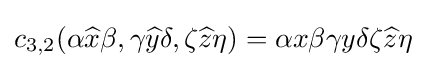
c_{3,2}(\alpha {\widehat {x}}\beta ,\gamma {\widehat {y}}\delta ,\zeta {\widehat {z}}\eta )=\alpha x\beta \gamma y\delta \zeta {\widehat {z}}\eta